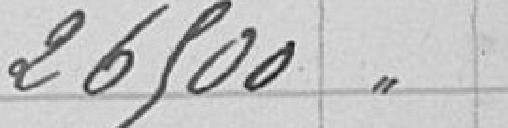
26500"